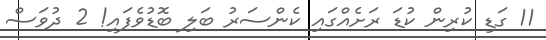
11 ގަޑި ކުރިން ކުޑަ ރަށެއްގައި ކެންސަރު ބަލި ބޮޑުވެފައި! 2 ދުވަސް